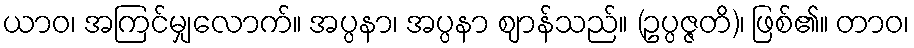
ယာဝ၊ အကြင်မျှလောက်။ အပ္ပနာ၊ အပ္ပနာ ဈာန်သည်။ (ဥပ္ပဇ္ဇတိ)၊ ဖြစ်၏။ တာဝ၊